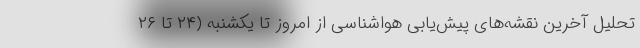
تحلیل آخرین نقشه‌های پیش‌یابی هواشناسی از امروز تا یکشنبه (۲۴ تا ۲۶